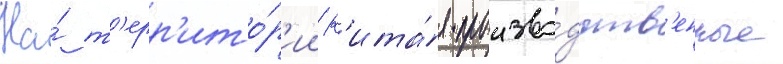
На́ т'ерр'ито́р'ии к'ита́я произво́дств'енные